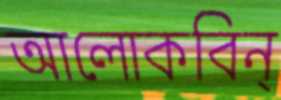
আলোকবিন্